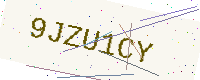
Text: 9JZU1CY